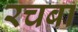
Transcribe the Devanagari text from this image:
रचबा